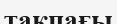
тақпағы